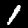
Label: 1